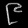
Digit: ၉